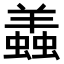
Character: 𧒃